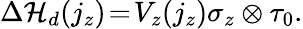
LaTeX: \begin{array}{r}{\Delta{\cal H}_{d}(j_{z})\! =\! V_{z}(j_{z})\sigma_{z}\otimes\tau_{0}.}\end{array}